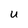
Character: U